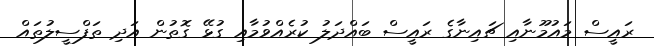
ރައީސް މައުމޫނާއި ޗައިނާގެ ރައީސް ބައްދަލު ކުރެއްވުމާއި ގުޅޭ ގޮތުން އަދި ތަފްސީލުތައް